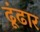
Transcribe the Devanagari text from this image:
ढूंढार